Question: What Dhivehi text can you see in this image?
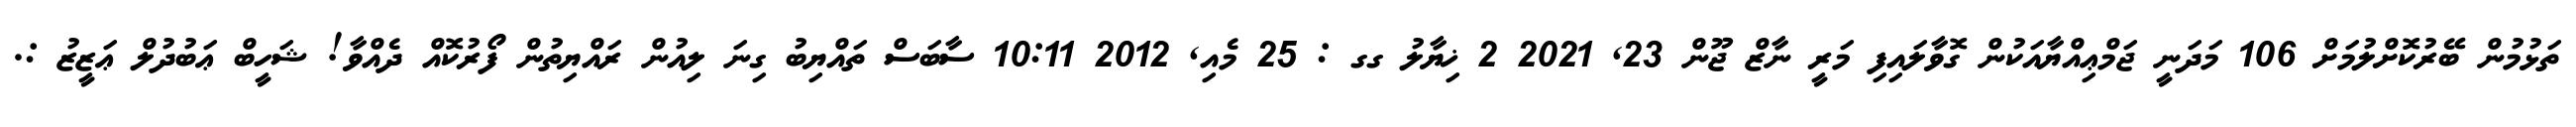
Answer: ތަޅުމުން ބޭރުކޮށްލުމަށް 106 މަދަނީ ޖަމްޢިއްޔާއަކުން ގޮވާލައިފި މަރީ ނާޒް ޖޫން 23, 2021 2 ޚިޔާލު ގގ : 25 މެއި, 2012 10:11 ސާބަސް ތައްޔިބު ގިނަ ލިއުން ރައްޔިތުން ފޯރުކޮއް ދެއްވާ! ޝަހީބް ޢަބުދުލް ޢަޒީޒު :.